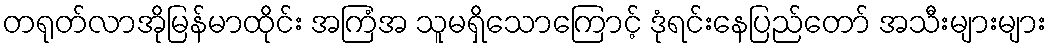
တရုတ်လာအိုမြန်မာထိုင်း အကြံအ သူမရှိသောကြောင့် ဒုံရင်းနေပြည်တော် အသီးများများ